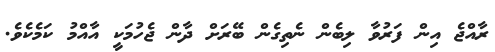
ރާއްޖެ އިން ފަރުވާ ލިބެން ނެތިގެން ބޭރަށް ދާން ޖެހުމަކީ އާއްމު ކަމެކެވެ.